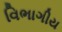
વિભાગીય